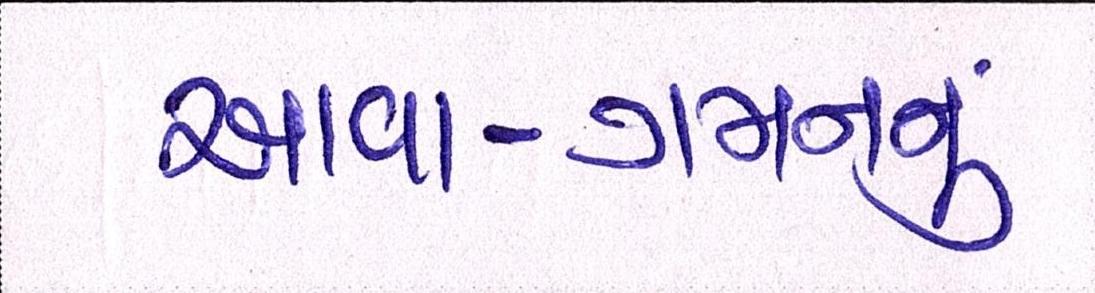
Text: આવા-ગમનનું